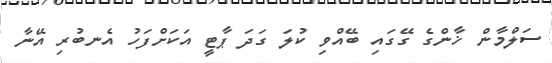
ސަލްމާން ޚާންގެ ގޭގައި ބޭއްވި ކުލަ ގަދަ ޕާޓީ އަކަށްފަހު އެނބުރި އޭނާ